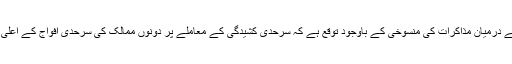
پاکستان اور بھارت کے قومی سلامتی کے مشیروں کے درمیان مذاکرات کی منسوخی کے باوجود توقع ہے کہ سرحدی کشیدگی کے معاملے پر دونوں ممالک کی سرحدی افواج کے اعلیٰ عہدیداروں کے درمیان مجوزہ ملاقات آئندہ ماہ ہو گی۔